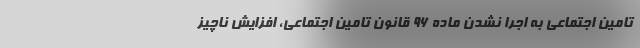
تامین اجتماعی به اجرا نشدن ماده ۹۶ قانون تامین اجتماعی، افزایش ناچیز